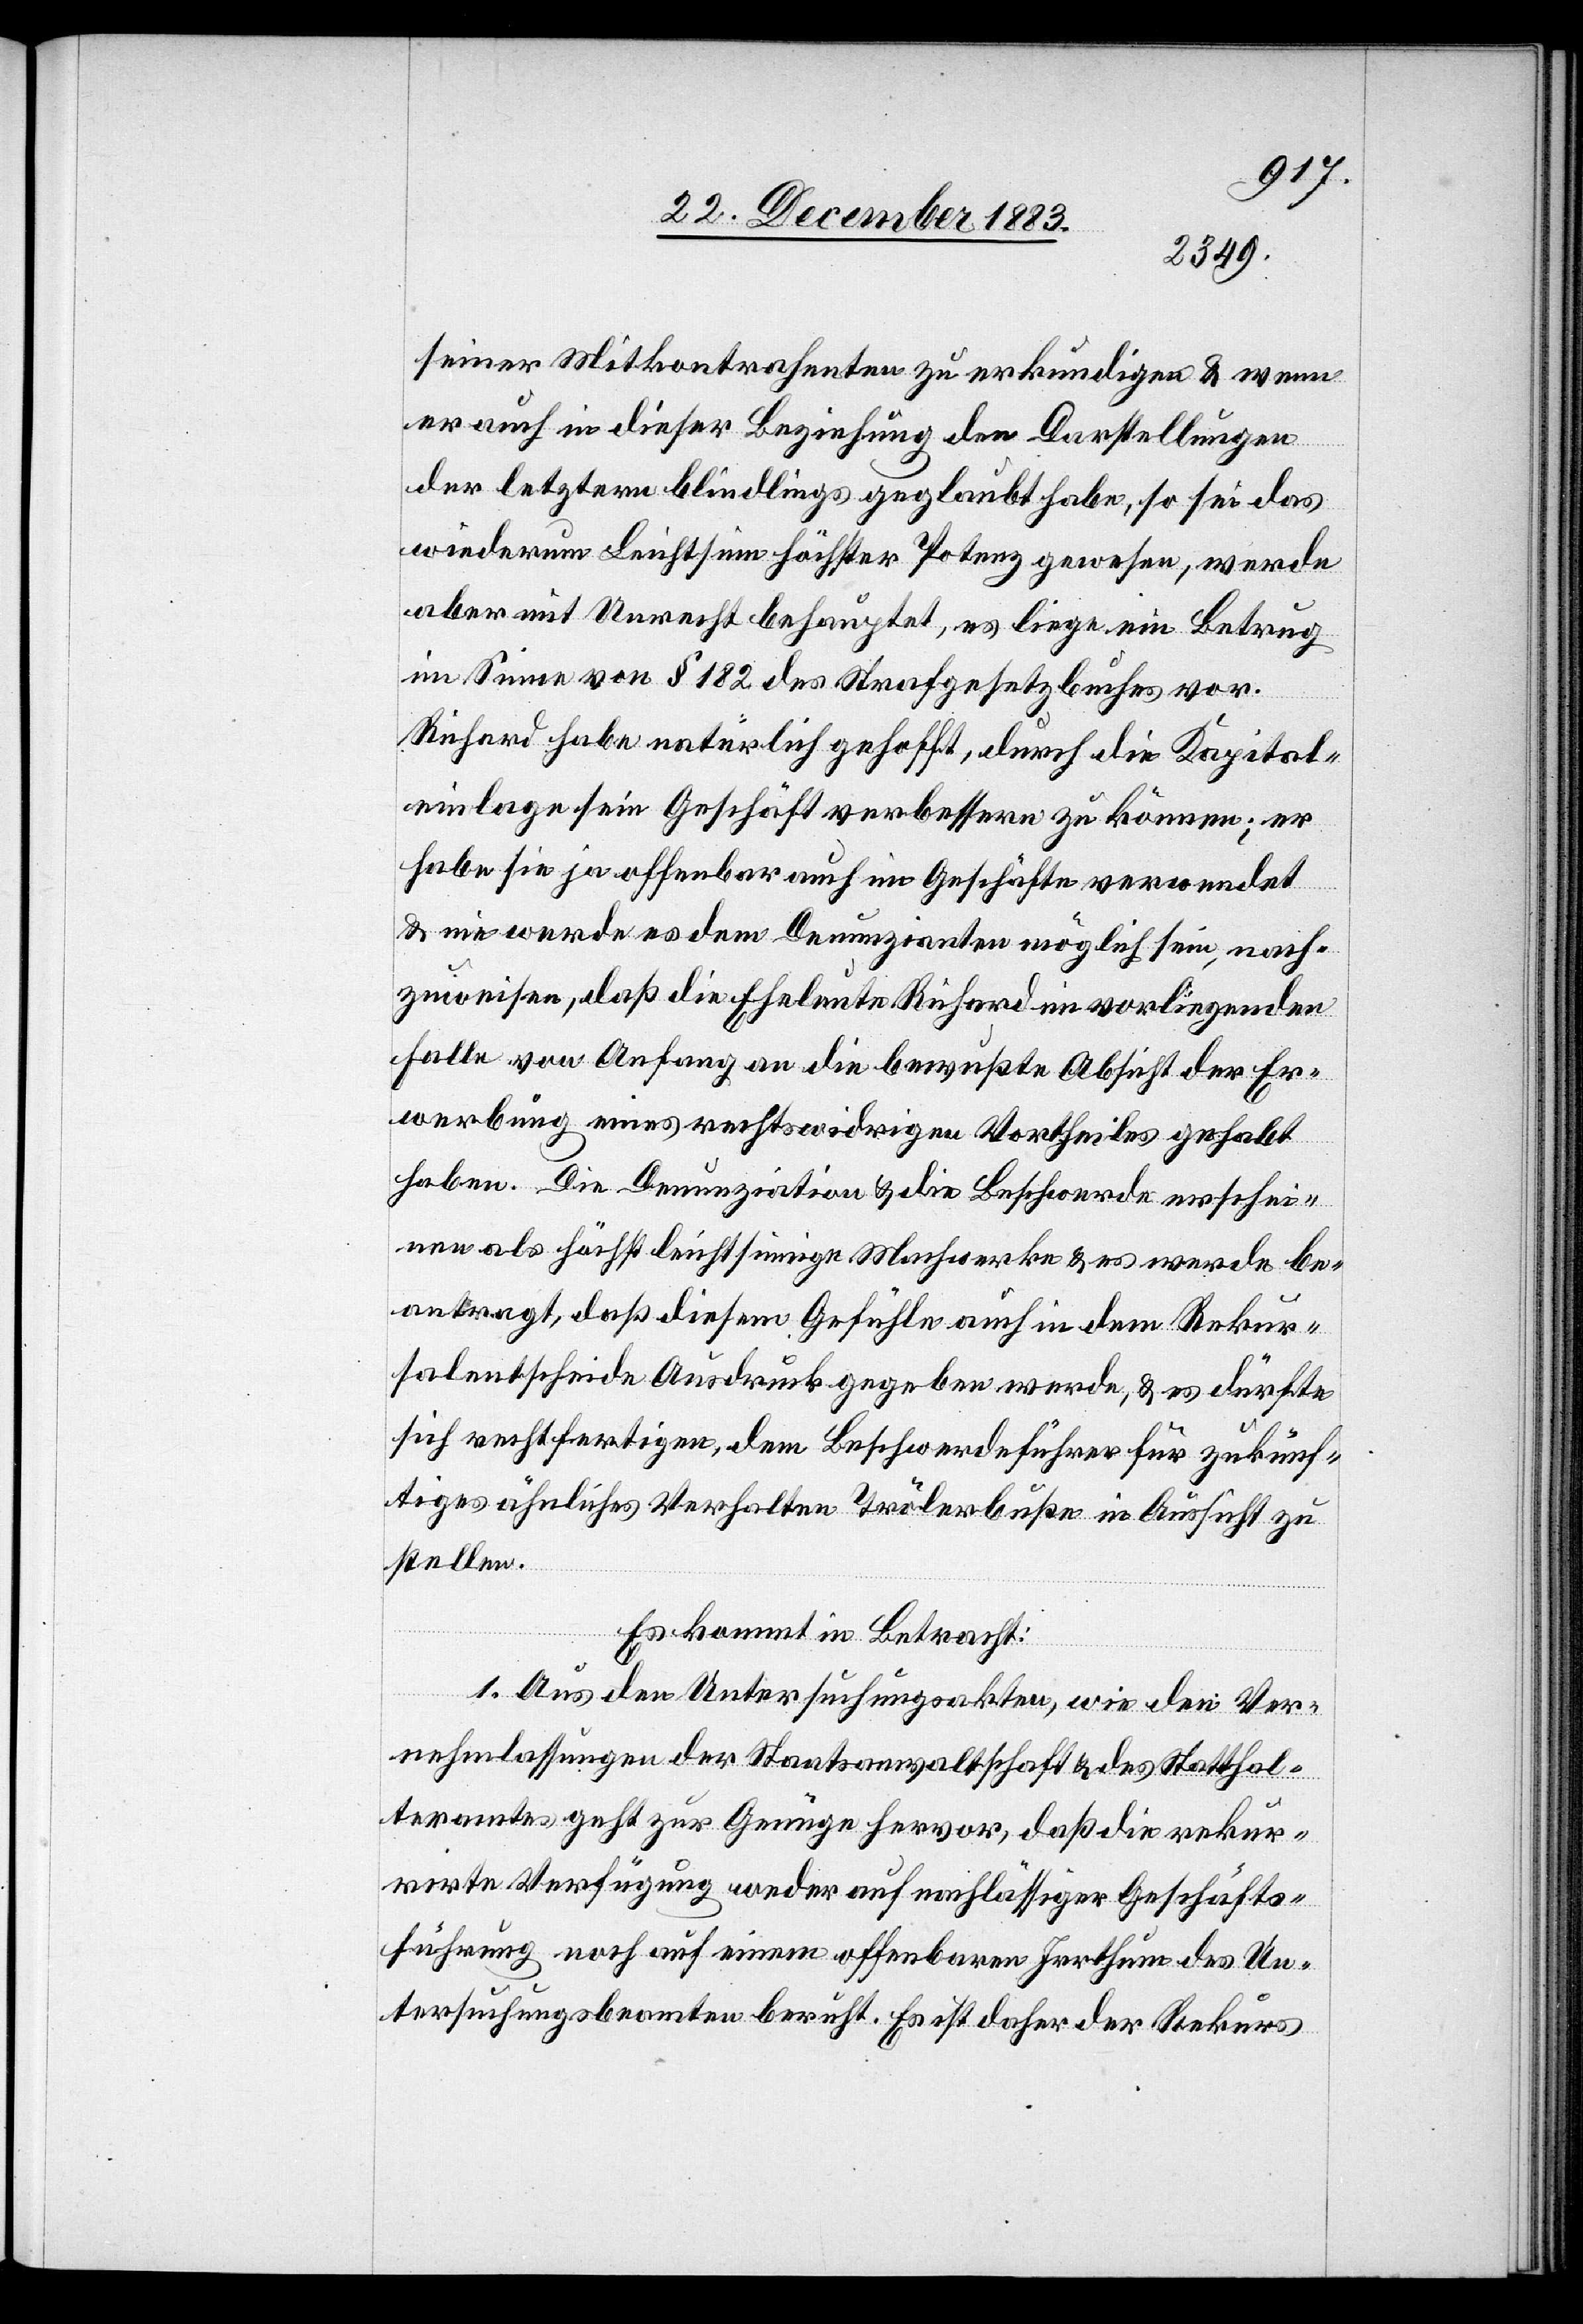
seiner Mitkontrahenten zu erkundigen & wenn
er auch in dieser Beziehung den Darstellungen
der letzten blindlings geglaubt habe, so sei das
wiederum Leichtsinn höchster Potenz gewesen, werde
aber mit Unrecht behauptet, es liege ein Betrug
im Sinne von § 182 des Strafgesetzbuches vor.
Richard habe natürlich gehofft, durch die Kapital¬
einlage sein Geschäft verbessern zu können; er
habe sie ja offenbar auch im Geschäfte verwendet
& nie werde es dem Denunzianten möglich sein, nach¬
zuweisen, daß die Eheleute Richard im vorliegenden
Falle von Anfang an die bewußte Absicht der Er¬
werbung eines rechtswidrigen Vortheiles gehabt
haben. Die Denunziation & die Beschwerde erschei¬
nen als höchst leichtsinnige Machwerke & es werde be¬
antragt, daß diesem Gehülfe auch in dem Rekur¬
salentscheide Ausdruck gegeben werde, & es dürfte
sich rechtfertigen, dem Beschwerdeführer für zukünf¬
tiges ähnliches Verhalten Trölerbuße in Aussicht zu
stellen.
Es kommt in Betracht:
1. Aus den Untersuchungsakten, wie den Ver¬
nehmlassungen der Staatsanwaltschaft & des Statthal¬
teramtes geht zur Genüge hervor, daß die rekur¬
rirte Verfügung weder auf nachlässiger Geschäfts¬
führung noch auf einem offenbaren Irrthum des Un¬
tersuchungsbeamten beruht. Es ist daher der Rekurs